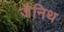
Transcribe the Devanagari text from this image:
जैनिथ